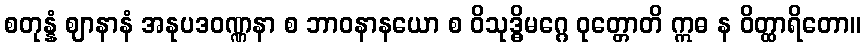
စတုန္နံ ဈာနာနံ အနုပဒဝဏ္ဏနာ စ ဘာဝနာနယော စ ဝိသုဒ္ဓိမဂ္ဂေ ဝုတ္တောတိ ဣဓ န ဝိတ္ထာရိတော။